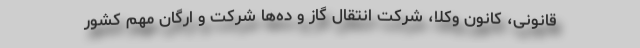
قانونی، کانون وکلا، شرکت انتقال گاز و ده‌ها شرکت و ارگان مهم کشور